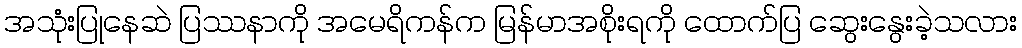
အသုံးပြုနေဆဲ ပြဿနာကို အမေရိကန်က မြန်မာအစိုးရကို ထောက်ပြ ဆွေးနွေးခဲ့သလား